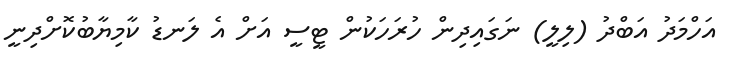
އަހްމަދު އަބްދު (ލިލީ) ނަގައިދިން ހުރަހަކުން ޓީސީ އަށް އެ ލަނޑު ކާމިޔާބުކޮށްދިނީ